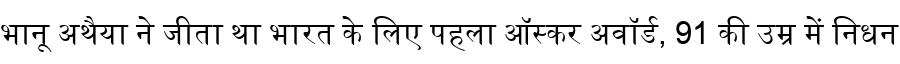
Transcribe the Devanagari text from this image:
भानू अथैया ने जीता था भारत के लिए पहला ऑस्कर अवॉर्ड, 91 की उम्र में निधन